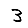
Digit: 3